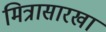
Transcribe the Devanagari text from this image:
मित्रासारखा